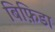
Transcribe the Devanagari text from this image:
बिफ़िडा